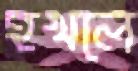
হখলে